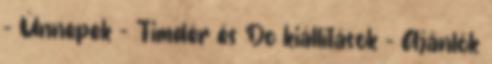
- Ünnepek - Timdér és Do kiállítások - Ajánlók